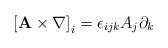
LaTeX: \begin{align*}\left[\mathbf{A}\times\nabla\right]_{i}=\epsilon_{ijk}A_{j}\partial_{k}\end{align*}